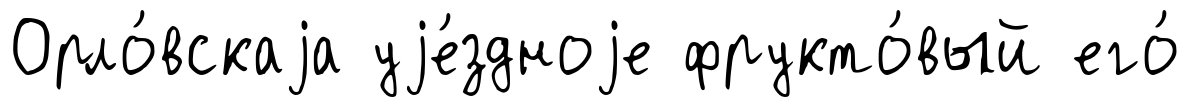
Орло́вскаjа уjе́здноjе фрукто́вый его́